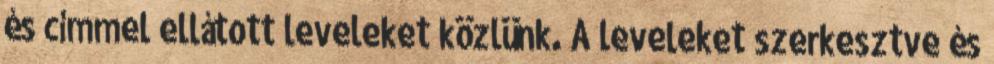
és címmel ellátott leveleket közlünk. A leveleket szerkesztve és